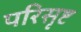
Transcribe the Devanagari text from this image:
परिसृष्ट